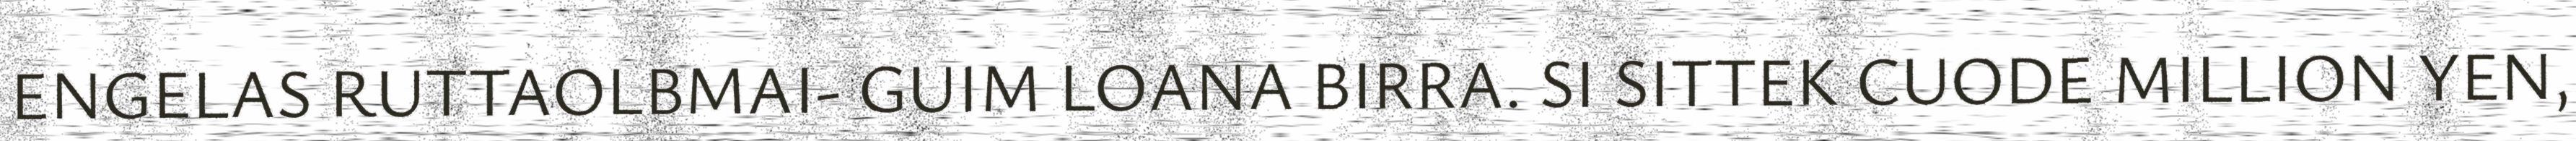
ENGELAS RUTTAOLBMAI- GUIM LOANA BIRRA. SI SITTEK CUODE MILLION YEN,